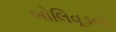
બોલિવૂડનો